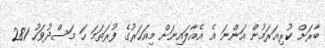
ބާރަށް ކުރިއަރަމުން އަންނަ އެ އެއާލައިނަށް މިއަހަރުގެ ފުރަތަމަ ހަ މަސްދުވަހު 281